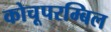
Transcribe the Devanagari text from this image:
कोचूपरम्बिल